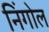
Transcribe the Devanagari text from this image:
निंगोल